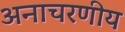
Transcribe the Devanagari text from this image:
अनाचरणीय